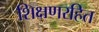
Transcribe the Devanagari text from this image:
शिक्षणरहित